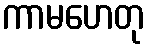
ကာမဟေတု